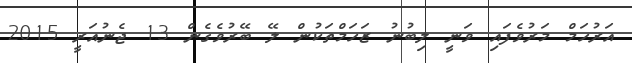
އަރުހަމް މަރުވެފައި ވަނީ ލިބުނު ޒަހަމްތަކުން ލޭ ބޭރުވެގެން 13 ޖެނުއަރީ 2015